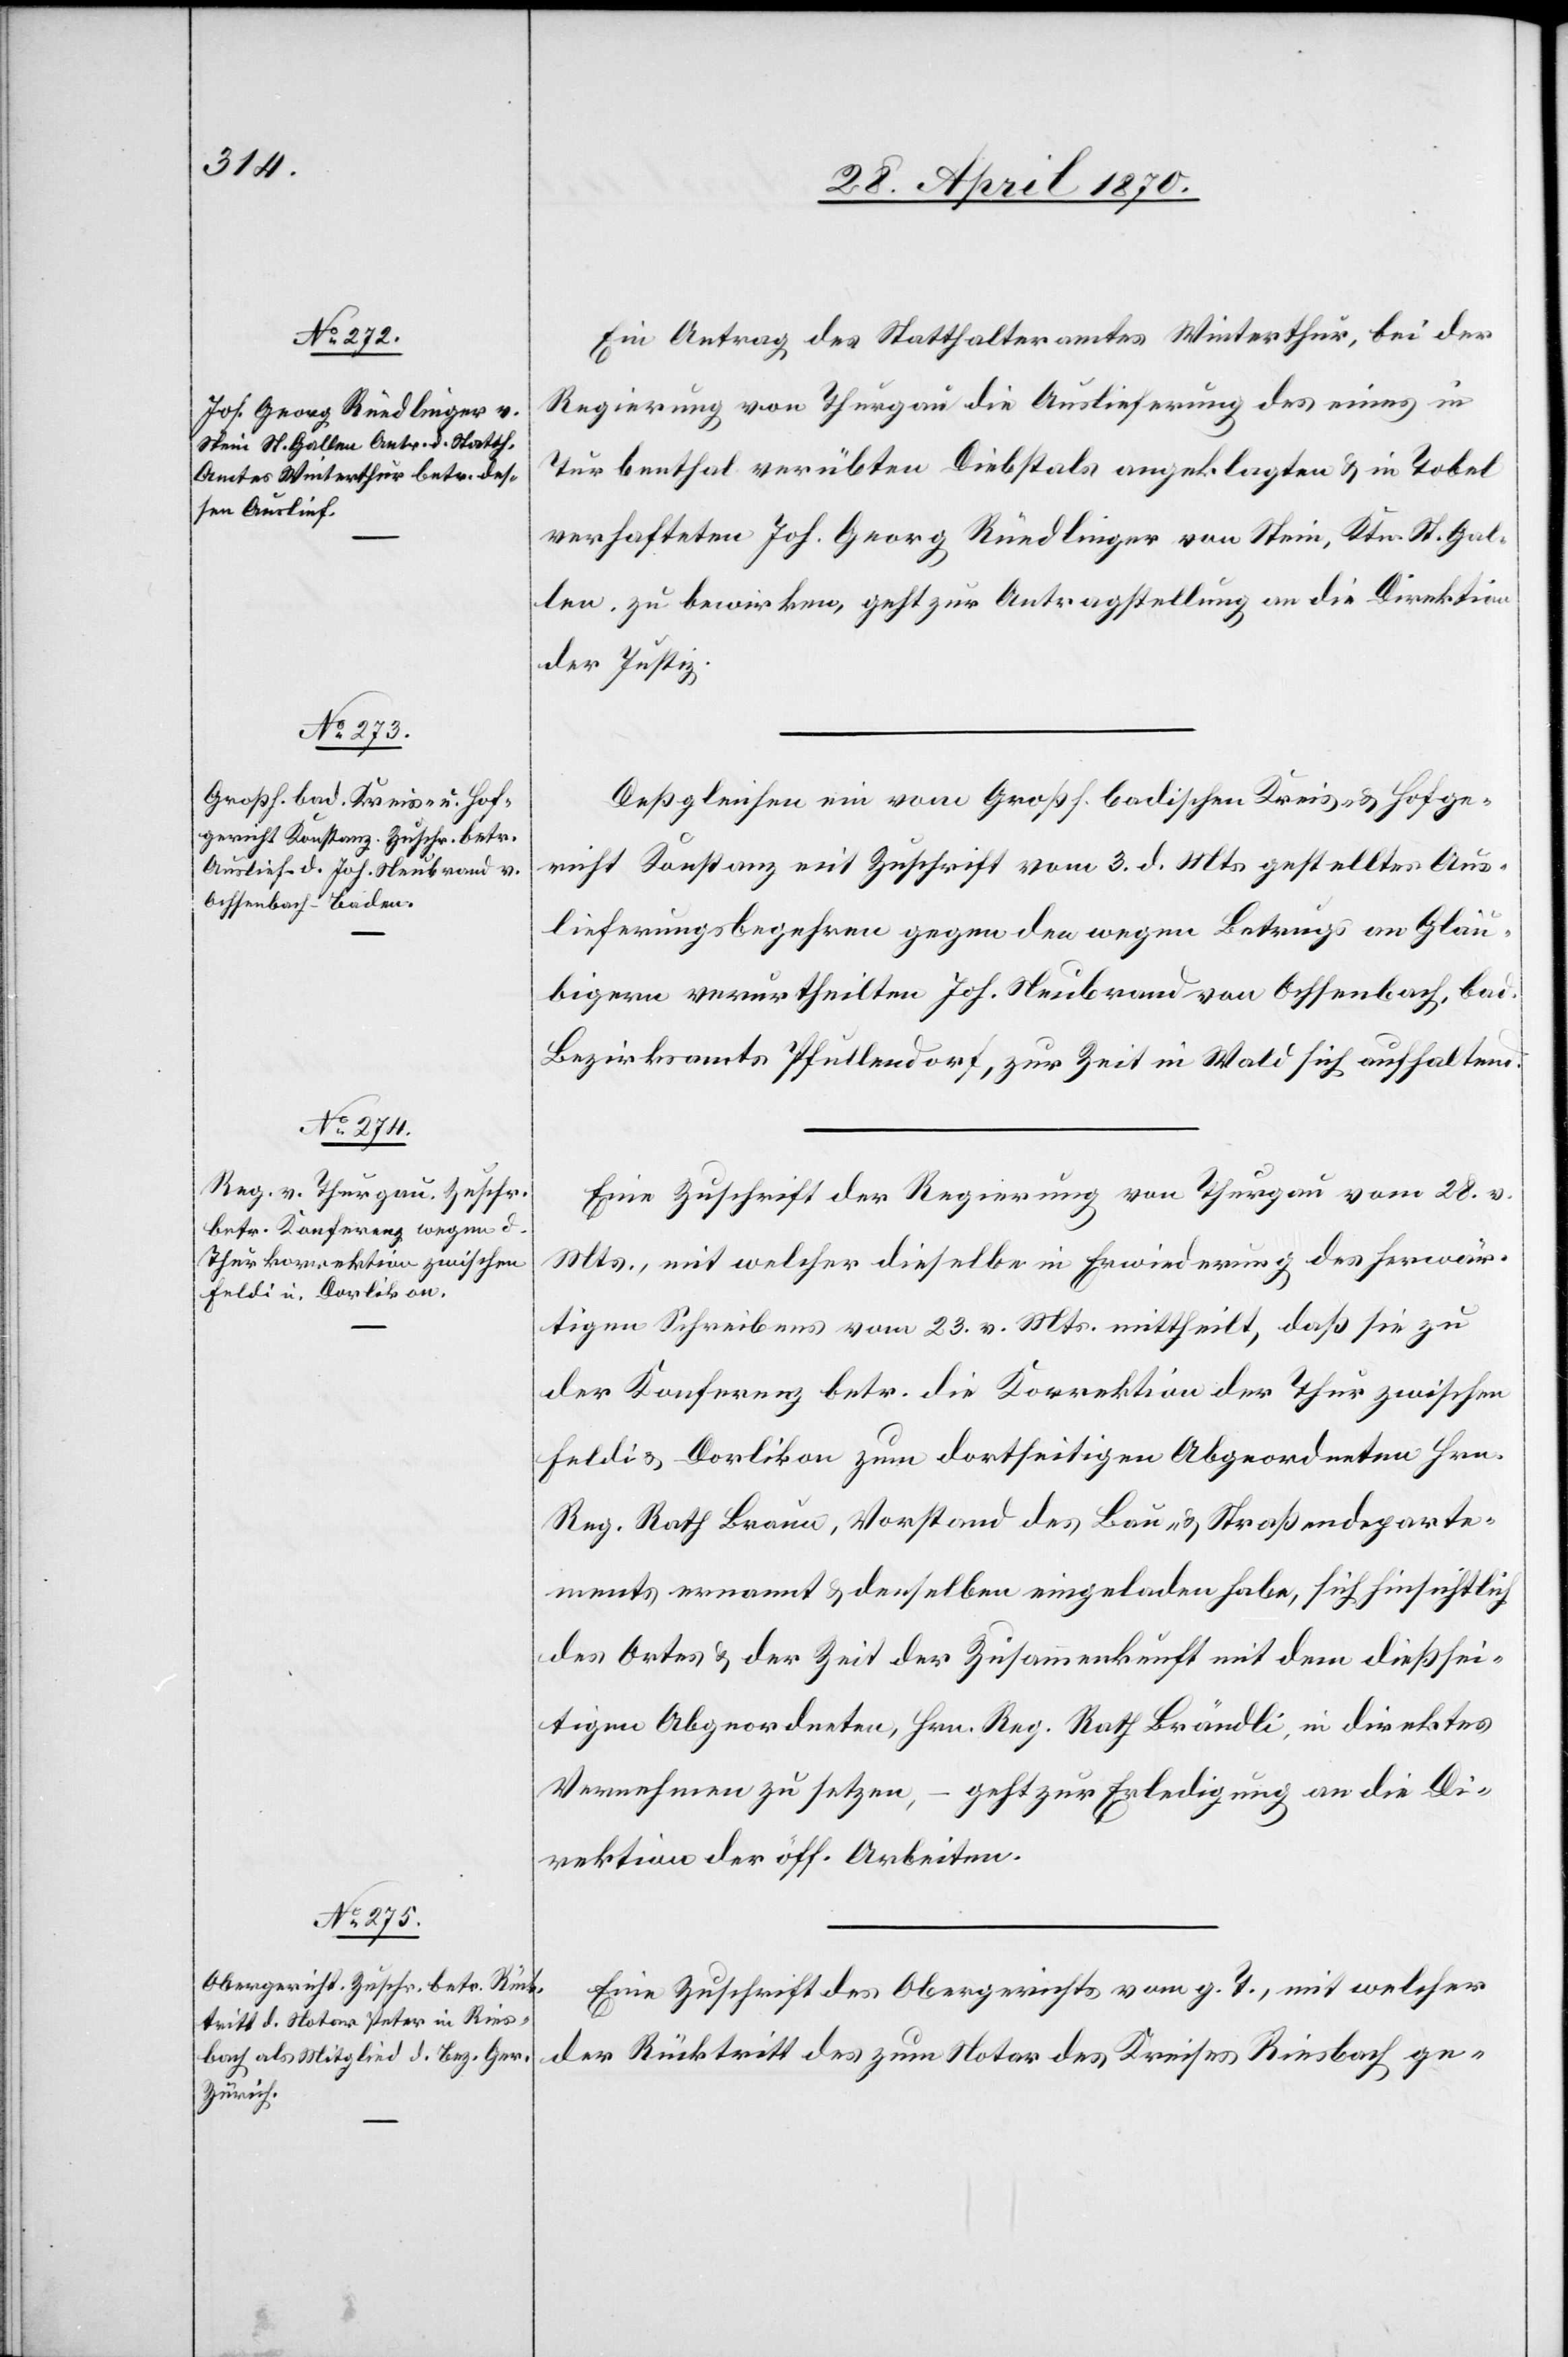
Ein Antrag des Statthalteramtes Winterthur, bei der
Regierung von Thurgau die Auslieferung des eines in
Turbenthal verübten Diebstals angeklagten & in Tobel
verhafteten Joh. Georg Rüedlinger von Stein, Ktn. St. Gal¬
len zu bewirken, geht zur Antragstellung an die Direktion
der Justiz.
Deßgleichen ein vom Großh. badischen Kreis- & Hofge¬
richt Konstanz mit Zuschrift vom 3. d. Mts. gestelltes Aus¬
lieferungsbegehren gegen den wegen Betrugs an Gläu¬
bigern verurtheilten Joh. Neubrand von Ochsenbach, bad.
Bezirksamts Pfullendorf, zur Zeit in Wald sich aufhaltend.
Eine Zuschrift der Regierung von Thurgau vom 28. v.
Mts., mit welcher dieselbe in Erwiederung des herwär¬
tigen Schreibens vom 23. v. Mts. mittheilt, daß sie zu
der Konferenz betr. die Korrektion der Thur zwischen
Feldi & Dorlikon zum dortseitigen Abgeordneten Hrn.
Reg. Rath Braun, Vorstand des Bau- & Straßendeparte¬
ments ernannt & denselben eingeladen habe, sich hinsichtlich
des Ortes & der Zeit der Zusammenkunft mit dem dießsei¬
tigen Abgeordneten, Hrn. Reg. Rath. Brändli, in direktes
Vernehmen zu setzen, – geht zur Erledigung an die Di¬
rektion der öff. Arbeiten.
Eine Zuschrift des Obergerichts vom g. T., mit welcher
der Rücktritt des zum Notar des Kreises Riesbach ge-